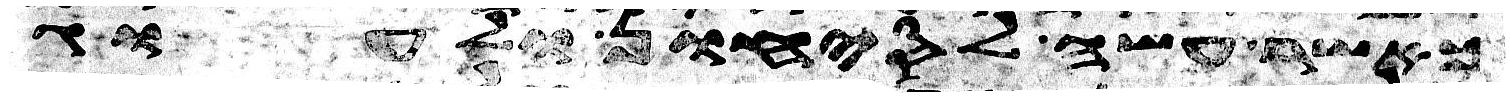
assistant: כאשר עשה לסיחון ולעוג